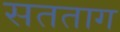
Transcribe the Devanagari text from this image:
सतताग